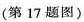
(第17题图)